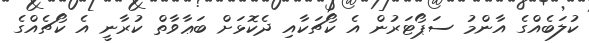
ކުލަބެއްގެ އާންމު ސަޕޯޓަރުން އެ ކޯޗަކާއި ދެކޮޅަށް ބަޢާވާތް ކުރާނީ އެ ކޯޗެއްގެ